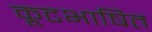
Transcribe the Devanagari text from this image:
कूटभाषित